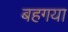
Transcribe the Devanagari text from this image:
बहगया